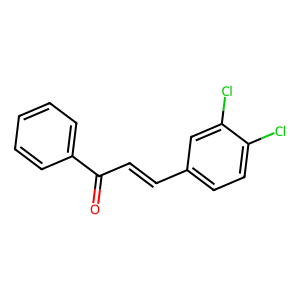
SMILES: O=C(C=Cc1ccc(Cl)c(Cl)c1)c1ccccc1
Inhibits HIV replication: No